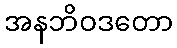
အနဘိဝဒတော